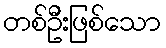
တစ်ဦးဖြစ်သော